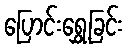
ပြောင်းရွှေ့ခြင်း